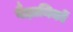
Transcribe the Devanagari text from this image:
वैज्ञानिकों